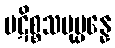
ပဋိစ္စသမုပ္ပန္နေ